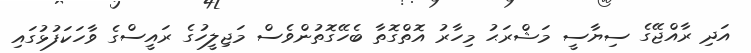
އަދި ރާއްޖޭގެ ސިޔާސީ މަޝްރަޙު މިހާރު އޮތްގޮތާ ބެހޭގޮތުންވެސް މަޖިލީހުގެ ރައީސްގެ ވާހަކަފުޅުގައި